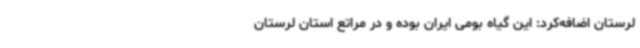
لرستان اضافه‌کرد: این گیاه بومی ایران بوده و در مراتع استان لرستان